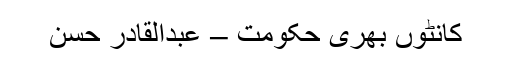
کانٹوں بھری حکومت – عبدالقادر حسن